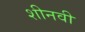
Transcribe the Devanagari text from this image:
शीनवी